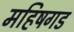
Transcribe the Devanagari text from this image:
महिषगड